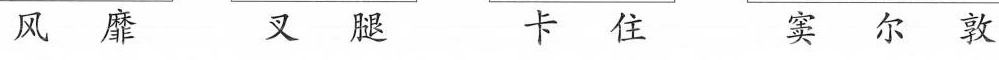
风靡 叉腿 卡住 窦尔敦